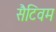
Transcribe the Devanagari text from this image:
सैटिवम